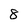
Character: 8